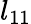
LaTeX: l_{11}